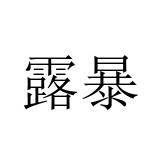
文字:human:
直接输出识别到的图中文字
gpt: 露暴